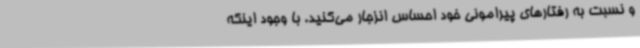
و نسبت به رفتارهای پیرامونی خود احساس انزجار می‌کنید. با وجود اینکه